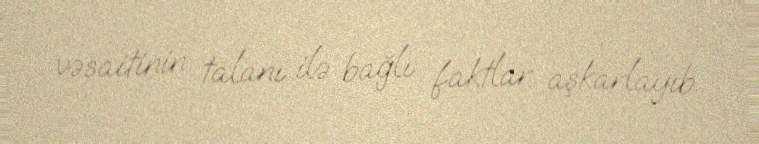
vəsaitinin talanı ilə bağlı faktlar aşkarlayıb.